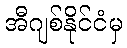
အီဂျစ်နိုင်ငံမှ